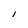
Character: I